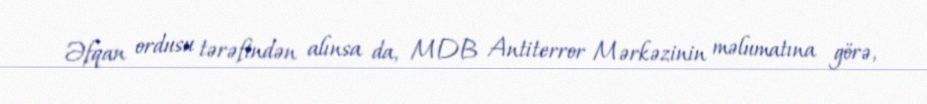
Əfqan ordusu tərəfindən alınsa da, MDB Antiterror Mərkəzinin məlumatına görə,